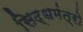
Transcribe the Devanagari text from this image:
सिद्धमंत्रो